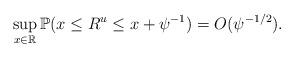
LaTeX: \begin{align*} \sup_{x \in \mathbb{R}} \mathbb{P}(x \leq R^u \leq x+\psi^{-1})=O(\psi^{-1/2}). \end{align*}